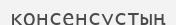
консенсустың